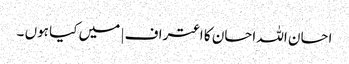
احسان اللہ احسان کا اعتراف | میں کیا ہوں ۔